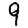
Digit: 9